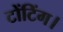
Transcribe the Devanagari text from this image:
टोंटिंग।